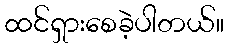
ထင်ရှားစေခဲ့ပါတယ်။